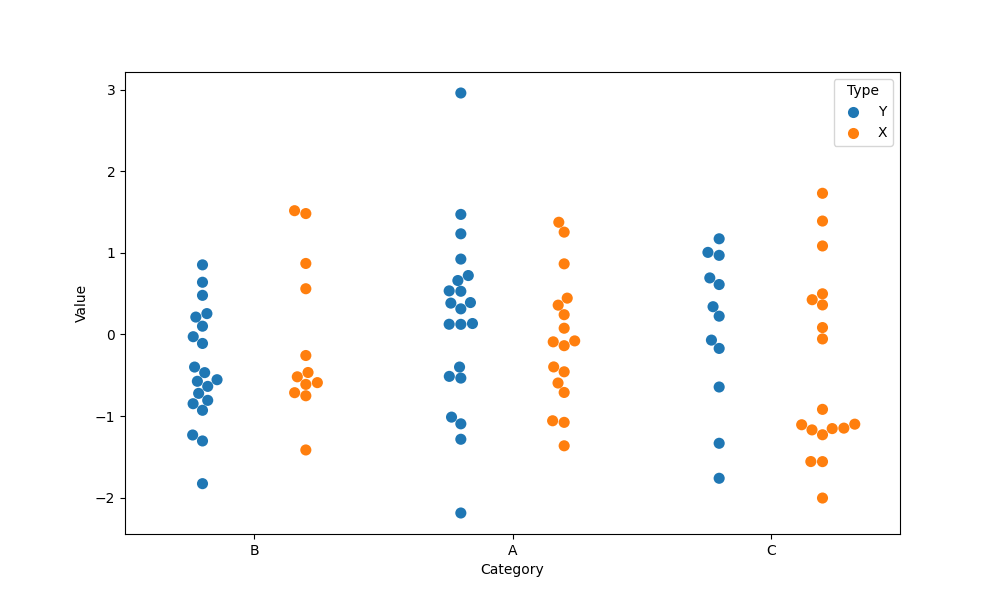
python, seaborn, swarmplot, dodge=True, alpha=1.0, size=8